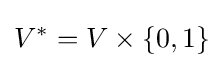
V^{*}=V\times \{0,1\}